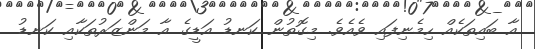
އާ ބައިތަކެއް ހިމެނިފައި ވެއެވެ. މިގޮތުން ކަނޑު އަޑީގެ އާ މަންޒަރުތަކާއި ކަނޑު